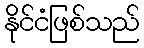
နိုင်ငံဖြစ်သည်